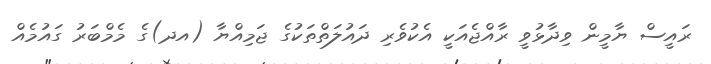
ރައީސް ޔާމީން ވިދާޅުވީ ރާއްޖެއަކީ އެކުވެރި ދައުލަތްތަކުގެ ޖަމިއްޔާ (އދ)ގެ މެމްބަރު ގައުމެއް